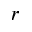
r